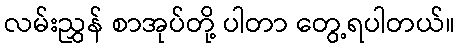
လမ်းညွှန် စာအုပ်တို့ ပါတာ တွေ့ရပါတယ်။